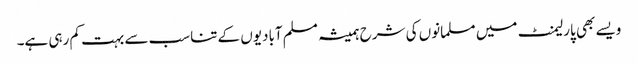
ویسے بھی پارلیمنٹ میں مسلمانوں کی شرح ہمیشہ مسلم آبادیوں کے تناسب سے بہت کم رہی ہے۔